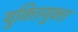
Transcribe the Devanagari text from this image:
युक्‍ितयुक्‍त